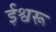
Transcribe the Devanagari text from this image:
ईश्वरू